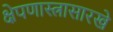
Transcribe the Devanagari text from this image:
क्षेपणास्त्रासारखे